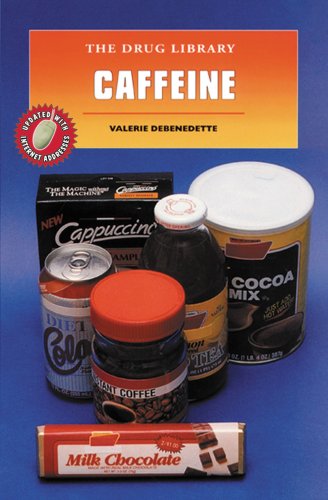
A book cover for Caffeine (Drug Library); Valerie DeBenedette; Health, Fitness & Dieting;